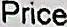
PRICE